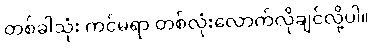
တစ်ခါသုံး ကင်မရာ တစ်လုံးလောက်လိုချင်လို့ပါ။